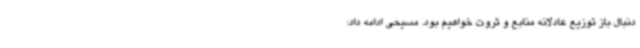
دنبال باز توزیع عادلانه منابع و ثروت خواهیم بود. مسیحی ادامه داد: